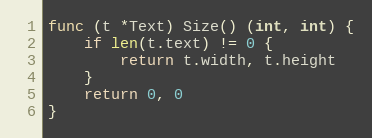
Language: Go
func (t *Text) Size() (int, int) {
	if len(t.text) != 0 {
		return t.width, t.height
	}
	return 0, 0
}